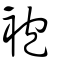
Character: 袍